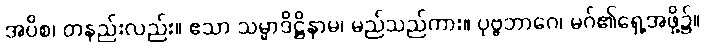
အပိစ၊ တနည်းလည်း။ ဧသာ သမ္မာဒိဋ္ဌိနာမ၊ မည်သည်ကား။ ပုဗ္ဗဘာဂေ၊ မဂ်၏ရှေ့အဖို့၌။